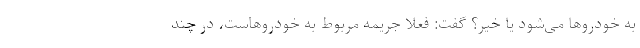
به خودروها می‌شود یا خیر؟ گفت: فعلا جریمه مربوط به خودروهاست، در چند